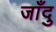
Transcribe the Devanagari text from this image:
जाँदु